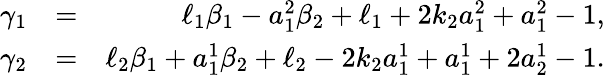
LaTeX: \begin{array}{rlr}{\gamma_{1}}&{=}&{\ell_{1}\beta_{1}-a_{1}^{2}\beta_{2}+\ell_{1}+2k_{2}a_{1}^{2}+a_{1}^{2}-1,}\\ {\gamma_{2}}&{=}&{\ell_{2}\beta_{1}+a_{1}^{1}\beta_{2}+\ell_{2}-2k_{2}a_{1}^{1}+a_{1}^{1}+2a_{2}^{1}-1.}\end{array}